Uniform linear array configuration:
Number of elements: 24
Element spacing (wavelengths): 0.25
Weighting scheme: hamming
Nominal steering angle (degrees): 60
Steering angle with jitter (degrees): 58.695
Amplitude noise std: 0.05
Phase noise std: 0.05

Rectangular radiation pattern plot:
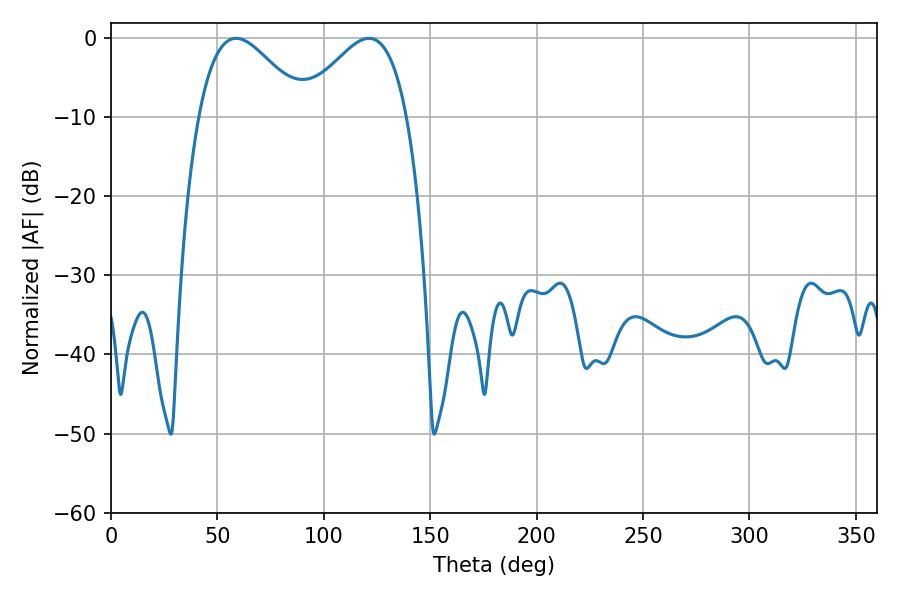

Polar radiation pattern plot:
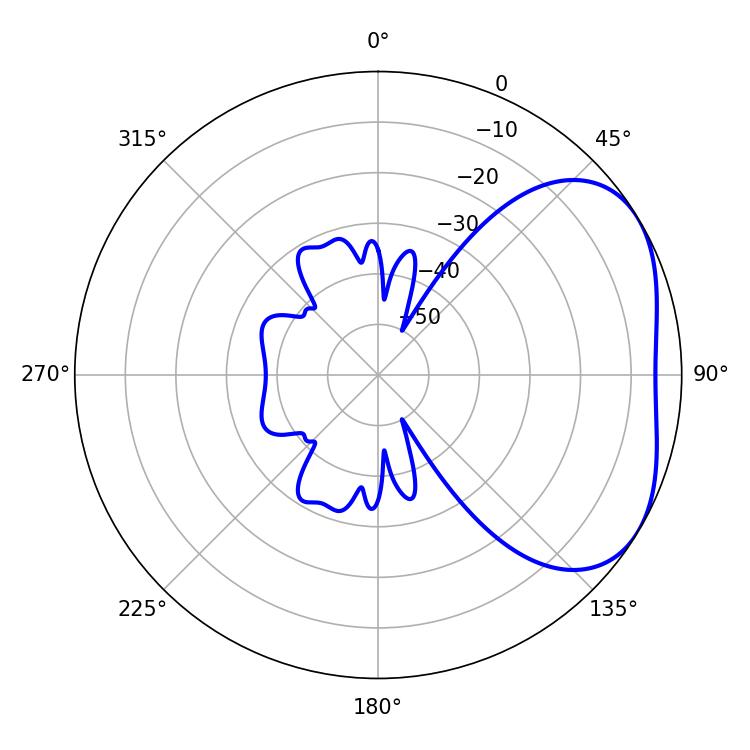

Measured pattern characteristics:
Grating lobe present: FALSE
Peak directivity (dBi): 3.508
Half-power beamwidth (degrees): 26.82
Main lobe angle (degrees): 58.86